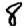
Digit: 8